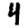
Digit: 4